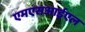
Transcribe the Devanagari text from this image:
एमएसआईएल